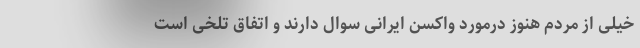
خیلی از مردم هنوز درمورد واکسن ایرانی سوال دارند و اتفاق تلخی است